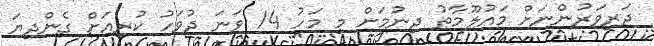
ދަރިވަރުންނަށް މައުލޫމާތު ދިނުމަށް މި މަހު 14 ވަނަ ދުވަހު ކުރިއަށް ގެންދިޔަ